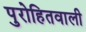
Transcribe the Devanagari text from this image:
पुरोहितवाली